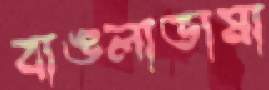
বাঙলাভাষা